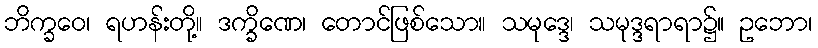
ဘိက္ခဝေ၊ ရဟန်းတို့။ ဒက္ခိဏေ၊ တောင်ဖြစ်သော။ သမုဒ္ဒေ၊ သမုဒ္ဒရာရာ၌။ ဥဘော၊